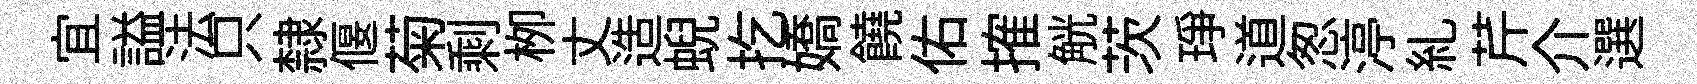
宜謚法只隸偃菊剩栁丈造蜺扢嬌饒佑搉觥茨琤道怱渟糺芹介選